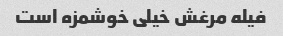
فیله مرغش خیلی خوشمزه است